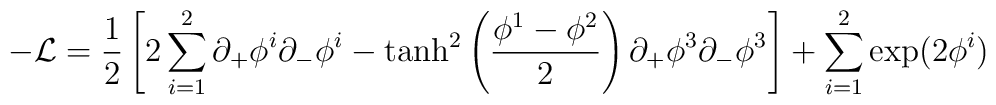
-{\cal L } = \frac{1}{2}\left[2\sum_{i =1}^{2}\partial_+\phi^{i}\partial_- \phi^{i} -  \tanh^2 \left ({\phi^{1} - \phi^{2}\over 2}\right)\partial_+\phi^{3}\partial_- \phi^{3}\right] +  \sum_{i =1}^{2} \exp (2\phi^i)